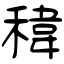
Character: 稦